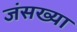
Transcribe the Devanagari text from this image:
जंसख्या